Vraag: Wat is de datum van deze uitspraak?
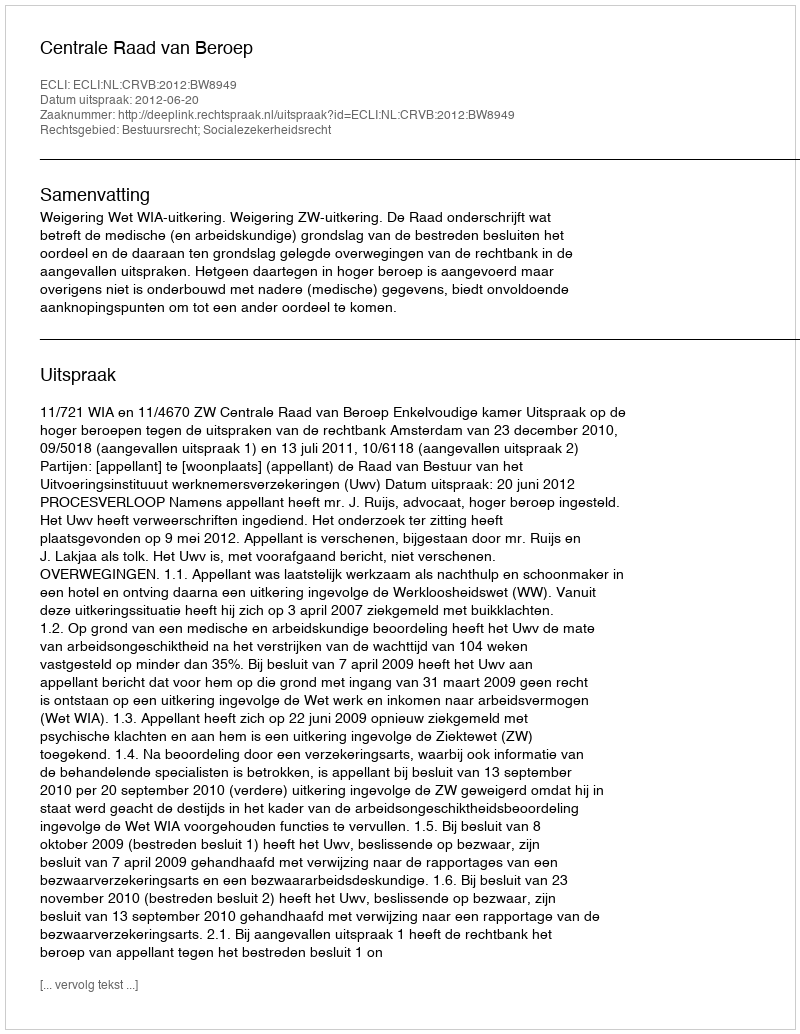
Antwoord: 2012-06-20